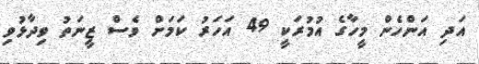
އަދި އަންހެން މީހާގެ އުމުރަކީ 49 އަހަރު ކަމަށް ވެސް ޒީނަތު ވިދާޅުވި